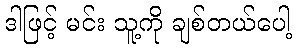
ဒါဖြင့် မင်း သူ့ကို ချစ်တယ်ပေါ့